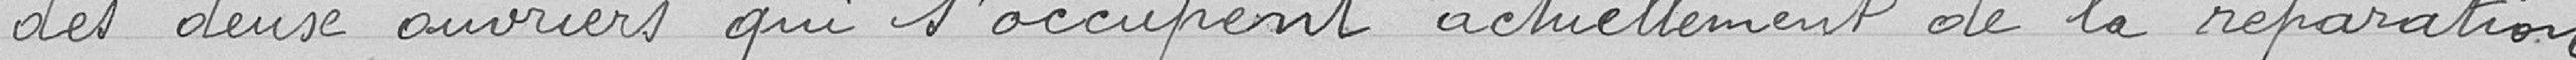
des deux ouvriers qui s'occupent actuellement de la réparation